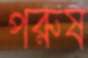
পরুষ